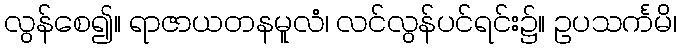
လွန်စေ၍။ ရာဇာယတနမူလံ၊ လင်လွန်ပင်ရင်း၌။ ဥပသင်္ကမိ၊